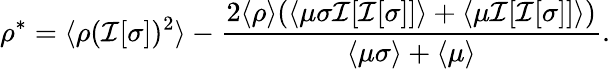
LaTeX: \rho^{*}=\langle\rho(\mathcal{I}[\sigma])^{2}\rangle-\frac{2\langle\rho\rangle(\langle\mu\sigma\mathcal{I}[\mathcal{I}[\sigma]]\rangle+\langle\mu\mathcal{I}[\mathcal{I}[\sigma]]\rangle)}{\langle\mu\sigma\rangle+\langle\mu\rangle}.